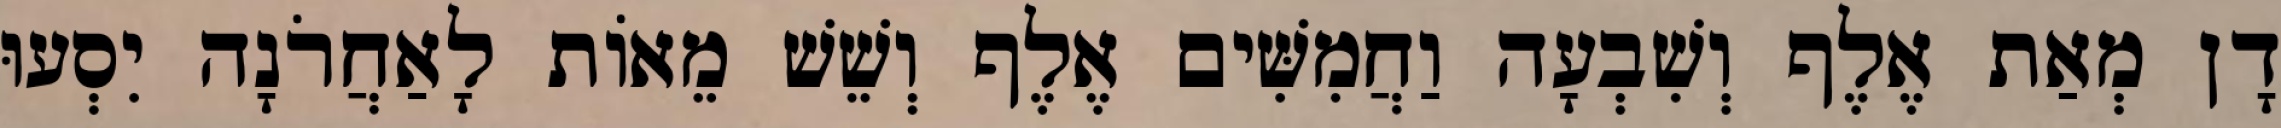
דָן מְאַת אֶלֶף וְשִׁבְעָה וַחֲמִשִּׁים אֶלֶף וְשֵׁשׁ מֵאוֹת לָאַחֲרֹנָה יִסְעוּ